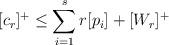
LaTeX: \begin{align*} [c_r]^+ \le \sum_{i=1}^s r [p_i] + [W_r]^+\end{align*}